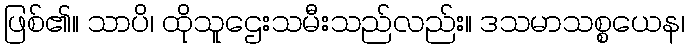
ဖြစ်၏။ သာပိ၊ ထိုသူဌေးသမီးသည်လည်း။ ဒသမာသစ္စယေန၊